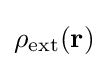
\rho _{\rm {ext}}(\mathbf {r} )